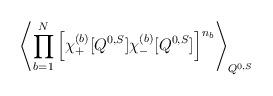
LaTeX: \begin{align*}\left\langle \prod_{b=1}^N\left[\chi^{(b)}_+ [ Q^{0,S} ] \chi^{(b)}_- [ Q^{0,S} ] \right]^{n_b}\right\rangle_{Q^{0,S}} \;\end{align*}